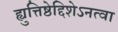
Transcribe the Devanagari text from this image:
ह्युत्तिष्ठेद्दिशेऽनत्वा